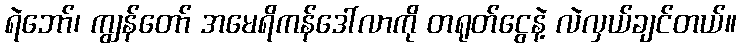
ရဲဘော်၊ ကျွန်တော် အမေရိကန်ဒေါ်လာကို တရုတ်ငွေနဲ့ လဲလှယ်ချင်တယ်။